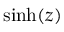
\sinh ( z )